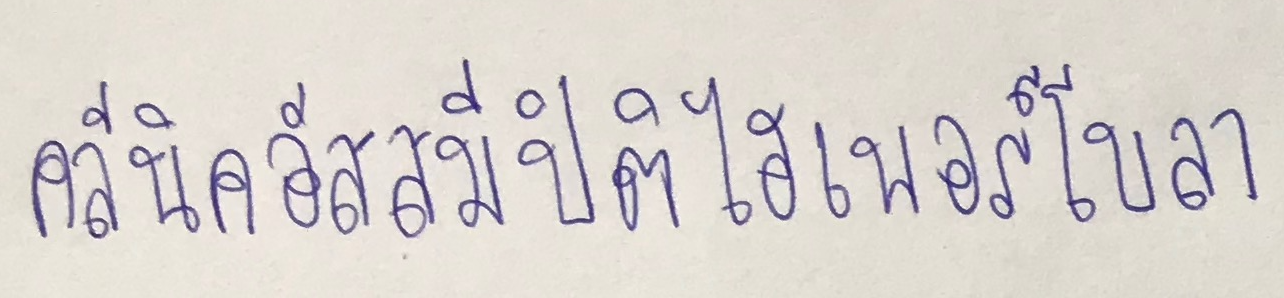
คลีนิคอัสสมีปิติไฮเพอร์โบลา